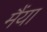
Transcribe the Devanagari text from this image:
मैंया